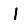
Digit: 1